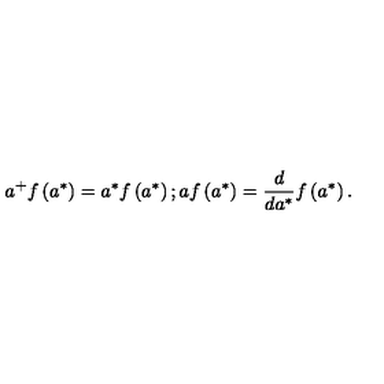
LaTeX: a ^ { + } f \left( a ^ { \ast } \right) = a ^ { \ast } f \left( a ^ { \ast } \right) ; a f \left( a ^ { \ast } \right) = \frac { d } { d a ^ { \ast } } f \left( a ^ { \ast } \right) .